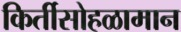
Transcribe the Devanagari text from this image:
किर्तीसोहळामान